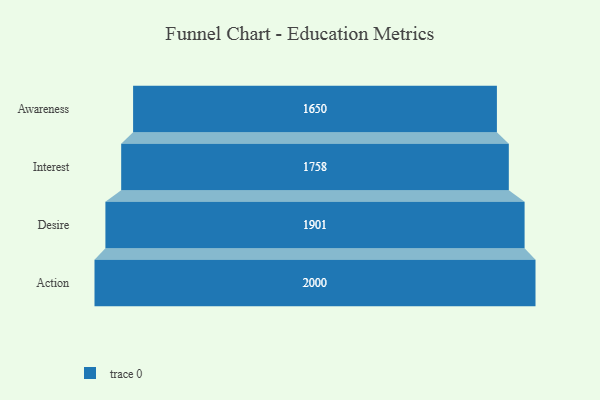
{"axis": {"x": "Stage", "y": "Value"}, "legend": [""], "data": [{"x": "Awareness", "y": 1650.0, "type": ""}, {"x": "Interest", "y": 1758.0, "type": ""}, {"x": "Desire", "y": 1901.0, "type": ""}, {"x": "Action", "y": 2000, "type": ""}]}